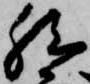
然